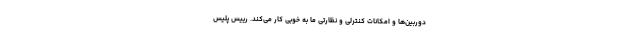
دوربین‌ها و امکانات کنترلی و نظارتی ما به خوبی کار می‌کند. رییس پلیس